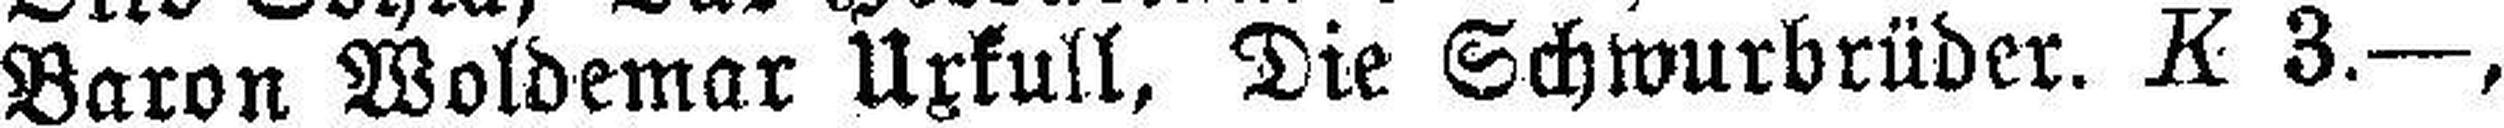
Baron Woldemar Uxkull, Die Schwurbrüder. K 3.—,